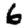
Digit: 6